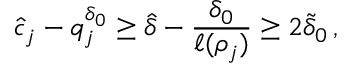
\hat { c } _ { j } - q _ { j } ^ { \delta _ { 0 } } \geq \hat { \delta } - \frac { \delta _ { 0 } } { \ell ( \rho _ { j } ) } \geq 2 \tilde { \delta } _ { 0 } \, ,